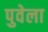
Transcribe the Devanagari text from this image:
पुवेला